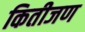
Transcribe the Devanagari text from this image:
कितीजण